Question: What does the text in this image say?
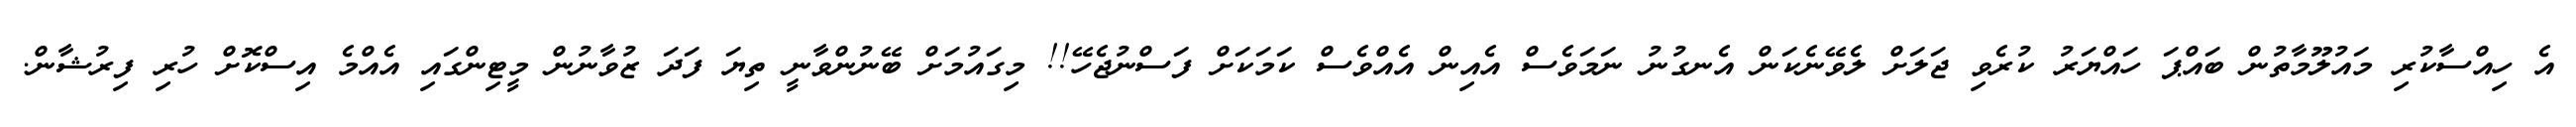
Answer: އެ ހިއްސާކުރި މައުލޫމާތުން ބައްޕަ ހައްޔަރު ކުރެވި ޖަލަށް ލެވޭނެކަން އެނގުނު ނަމަވެސް އެއިން އެއްވެސް ކަމަކަށް ފަސްނުޖެހޭ!! މިގައުމަށް ބޭނުންވާނީ ތިޔަ ފަދަ ޒުވާނުން މީޓިންގައި އެއްމެ އިސްކޮށް ހުރި ފިރުޝާން.